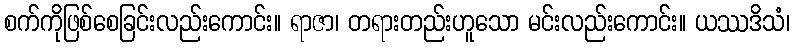
စက်ကိုဖြစ်စေခြင်းလည်းကောင်း။ ရာဇာ၊ တရားတည်းဟူသော မင်းလည်းကောင်း။ ယဿဒိသံ၊